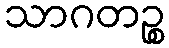
သာဂတဉ္စ